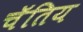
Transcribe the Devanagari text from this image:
चॅतिय